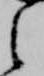
之